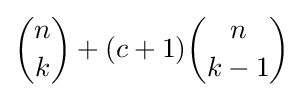
{\binom {n}{k}}+(c+1){\binom {n}{k-1}}